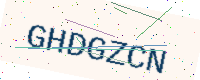
Text: GHDGZCN